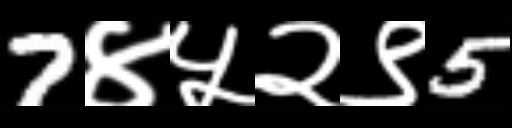
Text: 7४५२९5